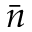
\bar { n }